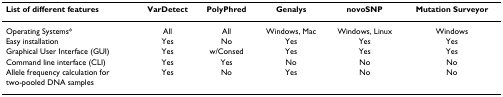
| List of different features | VarDetect | PolyPhred | Genalys | novoSNP | Mutation Surveyor |
 | --- | --- | --- | --- | --- | --- |
 | Operating Systems* | All | All | Windows, Mac | Windows, Linux | Windows |
 | Easy installation | Yes | No | Yes | Yes | Yes |
 | Graphical User Interface (GUI) | Yes | w/Consed | Yes | Yes | Yes |
 | Command line interface (CLI) | Yes | Yes | No | No | No |
 | Allele frequency calculation for | Yes | No | Yes | No | No |
 | two-pooled DNA samples |  |  |  |  |  |